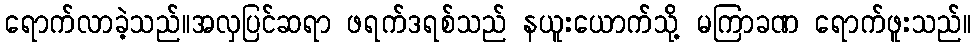
ရောက်လာခဲ့သည်။အလှပြင်ဆရာ ဖရက်ဒရစ်သည် နယူးယောက်သို့ မကြာခဏ ရောက်ဖူးသည်။